Report of the Indian Hemp Drugs Commission, 1894-1895 - Volume I
Year: 1894
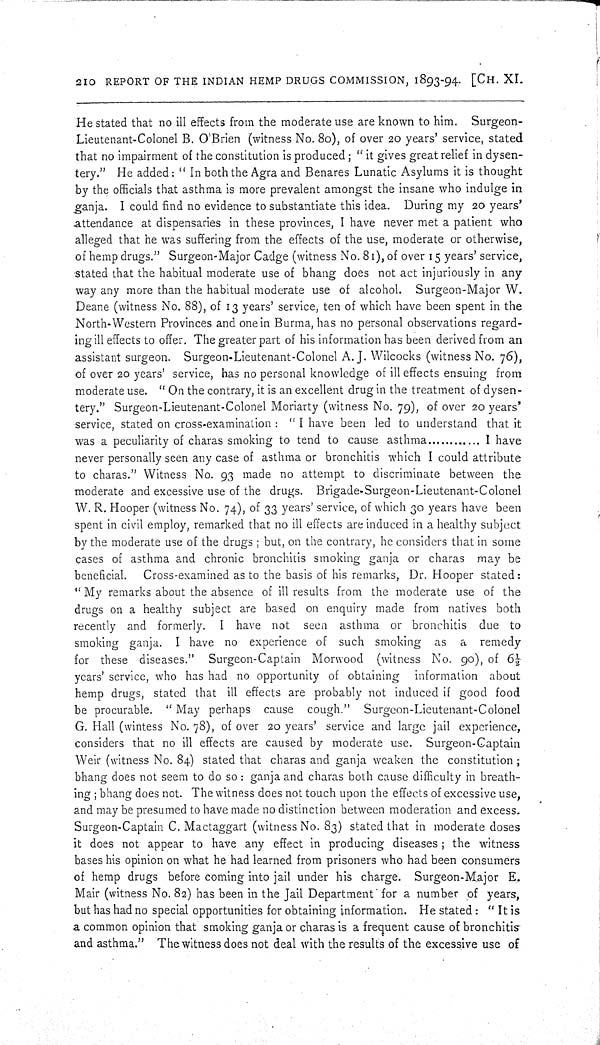
210 REPORT OF THE INDIAN HEMP DRUGS COMMISSION, 1893-94. [CH. XI.
He stated that no ill effects from the moderate use are known to him. Surgeon-
Lieutenant-Colonel B. O'Brien (witness No. 80), of over 20 years' service, stated
that no impairment of the constitution is produced; "it gives great relief in dysen-
tery." He added: "In both the Agra and Benares Lunatic Asylums it is thought
by the officials that asthma is more prevalent amongst the insane who indulge in
ganja. I could find no evidence to substantiate this idea. During my 20 years'
attendance at dispensaries in these provinces, I have never met a patient who
alleged that he was suffering from the effects of the use, moderate or otherwise,
of hemp drugs." Surgeon-Major Cadge (witness No. 81), of over 15 years' service,
stated that the habitual moderate use of bhang does not act injuriously in any
way any more than the habitual moderate use of alcohol. Surgeon-Major W.
Deane (witness No. 88), of 13 years' service, ten of which have been spent in the
North-Western Provinces and one in Burma, has no personal observations regard-
ing ill effects to offer. The greater part of his information has been derived from an
assistant surgeon. Surgeon-Lieutenant-Colonel A.J. Wilcocks (witness No. 76),
of over 20 years' service, has no personal knowledge of ill effects ensuing from
moderate use. "On the contrary, it is an excellent drug in the treatment of dysen-
tery." Surgeon-Lieutenant-Colonel Moriarty (witness No. 79), of over 20 years'
service, stated on cross-examination: "I have been led to understand that it
was a peculiarity of charas smoking to tend to cause asthma
I have
never personally seen any case of asthma or bronchitis which I could attribute
to charas." Witness No. 93 made no attempt to discriminate between the
moderate and excessive use of the drugs. Brigade-Surgeon-Lieutenant-Colonel
W. R. Hooper (witness No. 74), of 33 years' service, of which 30 years have been
spent in civil employ, remarked that no ill effects are induced in a healthy subject
by the moderate use of the drugs; but, on the contrary, he considers that in some
cases of asthma and chronic bronchitis smoking ganja or charas may be
beneficial. Cross-examined as to the basis of his remarks, Dr. Hooper stated:
"My remarks about the absence of ill results from the moderate use of the
drugs on a healthy subject are based on enquiry made from natives both
recently and formerly. I have not seen asthma or bronchitis due to
smoking ganja. I have no experience of such smoking as a remedy
for these diseases." Surgeon-Captain Morwood (witness No. 90), of 61/2
years' service, who has had no opportunity of obtaining information about
hemp drugs, stated that ill effects are probably not induced if good food
be procurable. "May perhaps cause cough." Surgeon-Lieutenant-Colonel
G. Hall (wintess No. 78), of over 20 years' service and large jail experience,
considers that no ill effects are caused by moderate use. Surgeon-Captain
Weir (witness No. 84) stated that charas and ganja weaken the constitution;
bhang does not seem to do so: ganja and charas both cause difficulty in breath-
ing; bhang does not. The witness does not touch upon the effects of excessive use,
and may be presumed to have made no distinction between moderation and excess.
Surgeon-Captain C. Mactaggart (witness No. 83) stated that in moderate doses
it does not appear to have any effect in producing diseases; the witness
bases his opinion on what he had learned from prisoners who had been consumers
of hemp drugs before coming into jail under his charge. Surgeon-Major E.
Mair (witness No. 82) has been in the Jail Department for a number of years,
but has had no special opportunities for obtaining information. He stated: "It is
a common opinion that smoking ganja or charas is a frequent cause of bronchitis
and asthma." The witness does not deal with the results of the excessive use of